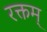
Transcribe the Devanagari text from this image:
रक्तम्